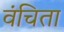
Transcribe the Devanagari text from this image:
वंचिता